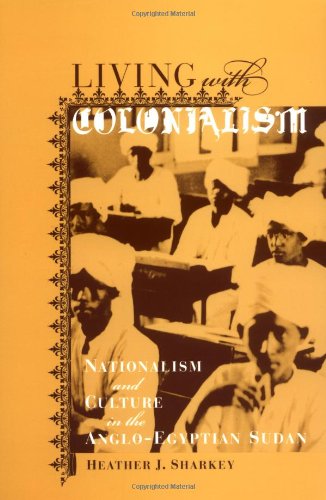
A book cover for Living with Colonialism: Nationalism and Culture in the Anglo-Egyptian Sudan; Heather J. Sharkey; History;